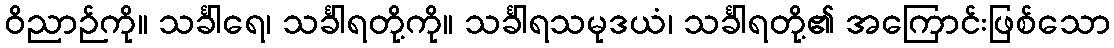
ဝိညာဉ်ကို။ သင်္ခါရေ၊ သင်္ခါရတို့ကို။ သင်္ခါရသမုဒယံ၊ သင်္ခါရတို့၏ အကြောင်းဖြစ်သော